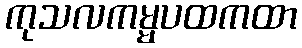
ကုသလကမ္မပထကထာ